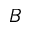
B